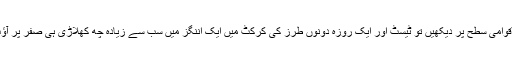
اگر ہم بین الاقوامی سطح پر دیکھیں تو ٹیسٹ اور ایک روزہ دونوں طرز کی کرکٹ میں ایک اننگز میں سب سے زیادہ چھ کھلاڑی ہی صفر پر آؤٹ ہوئے ہیں۔